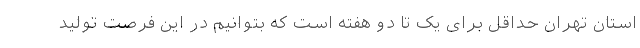
استان تهران حداقل برای یک تا دو هفته است که بتوانیم در این فرصت تولید